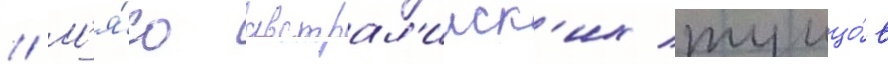
// М'я́со австрал'ииск'их тунцо́в